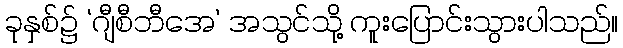
ခုနှစ်၌ ‘ဂျီစီဘီအေ’ အသွင်သို့ ကူးပြောင်းသွားပါသည်။